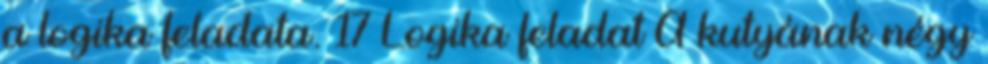
a logika feladata. 17 Logika feladat A kutyának négy